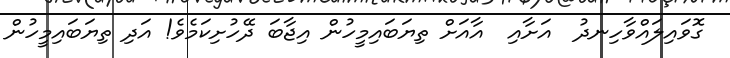
ގޮވައިލައްވާހިނދު  އަށާއި  އާއަށް ތިޔަބައިމީހުން އިޖާބަ ދޭހުށިކަމެވެ! އަދި ތިޔަބައިމީހުން